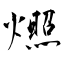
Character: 燳